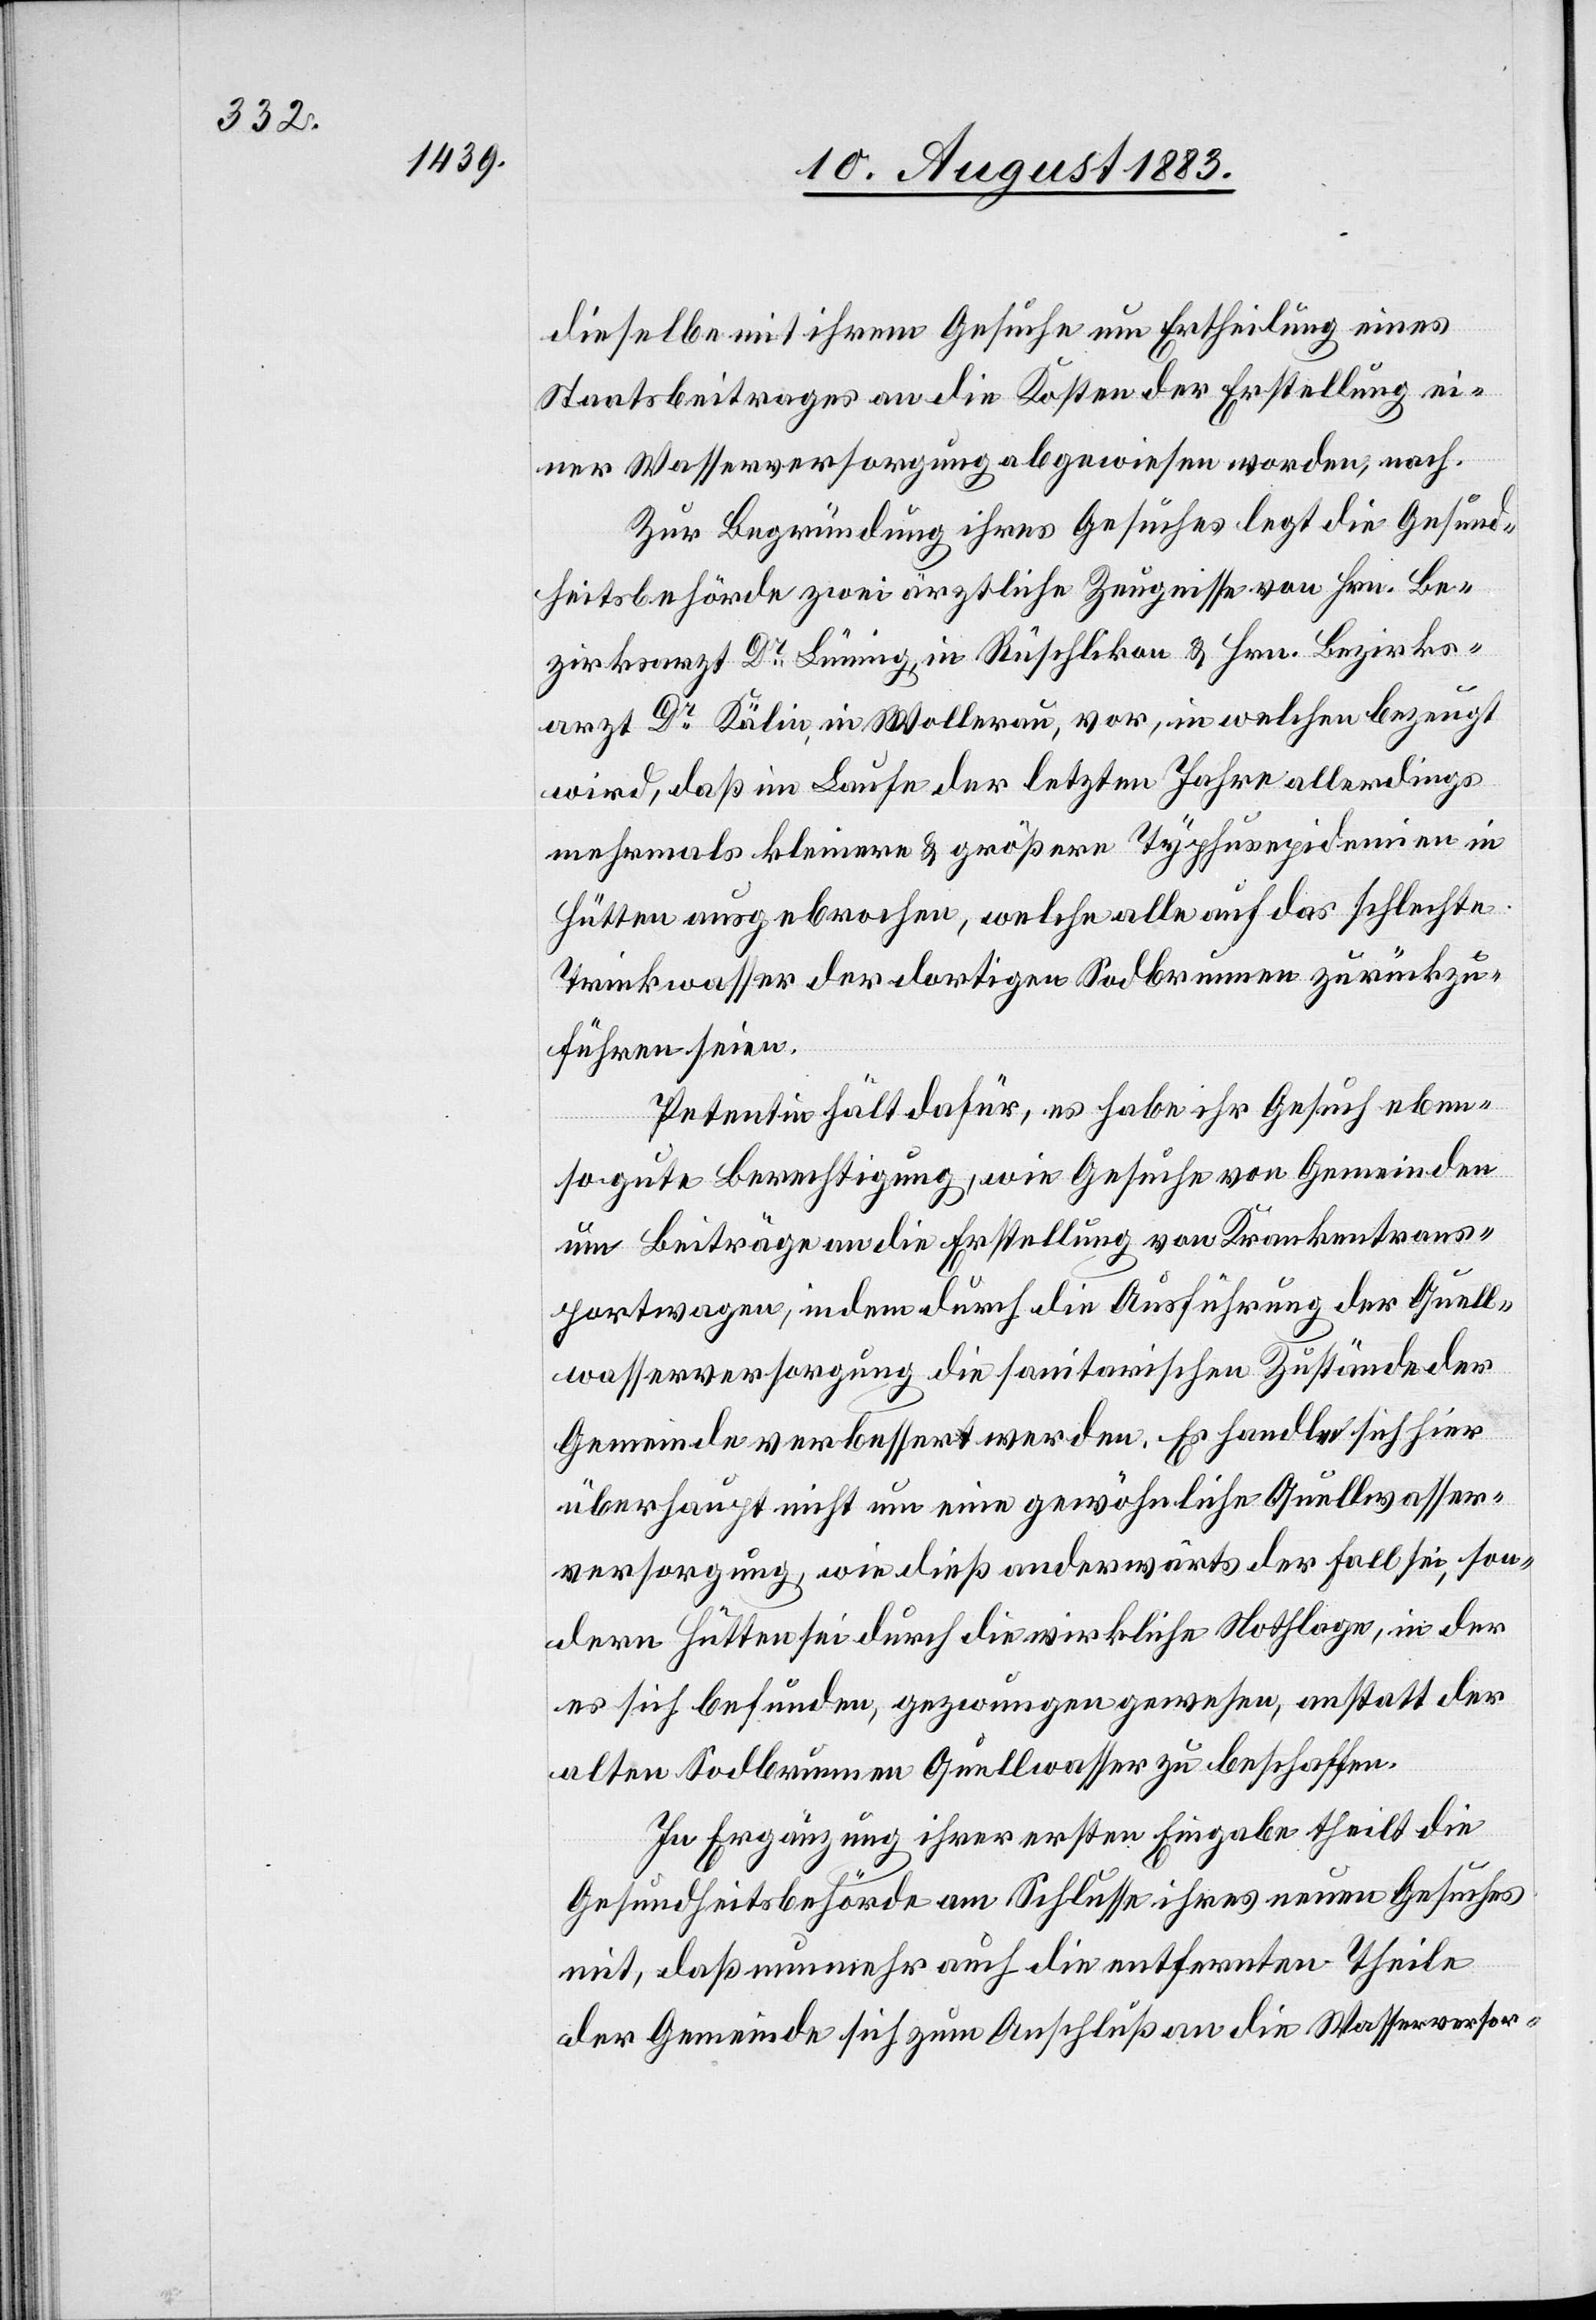
dieselbe mit ihrem Gesuche um Ertheilung eines
Staatsbeitrages an die Kosten der Erstellung ei¬
ner Wasserversorgung abgewiesen worden, nach.
Zur Begründung ihres Gesuches legt die Gesund¬
heitsbehörde zwei ärztliche Zeugnisse von Hrn. Be¬
zirksarzt Dr Lüning, in Rüschlikon & Hrn. Bezirks¬
arzt Dr Kälin, in Wollerau, vor, in welchen bezeugt
wird, daß im Laufe der letzten Jahre allerdings
mehrmals kleinere & größere Typhusepidemien in
Hütten ausgebrochen, welche alle auf das schlechte
Trinkwasser der dortigen Sodbrunnen zurückzu¬
führen seien.
Petentin hält dafür, es habe ihr Gesuch eben¬
so gute Berechtigung, wie Gesuche von Gemeinden
um Beiträge an die Erstellung von Krankentrans¬
portwagen, indem durch die Ausführung der Quell¬
wasserversorgung die sanitarischen Zustände der
Gemeinde verbessert werden. Es handle sich hier
überhaupt nicht um eine gewöhnliche Quellwasser¬
versorgung, wie dieß anderwärts der Fall sei, son¬
dern Hütten sei durch die wirkliche Nothlage, in der
es sich befunden, gezwungen gewesen, anstatt der
alten Sodbrunnen Quellwasser zu beschaffen.
In Ergänzung ihrer erste Eingabe theilt die
Gesundheitsbehörde am Schlusse ihres neuen Gesuches
mit, daß nunmehr auch die entfernten Theile
der Gemeinde sich zum Anschluß an die Wasserversor-